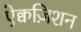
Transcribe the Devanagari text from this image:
ऐक्वज़िशन